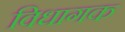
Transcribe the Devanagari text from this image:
विधागक